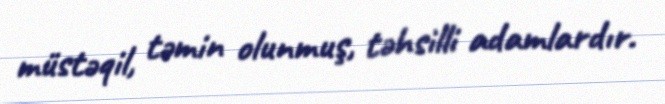
müstəqil, təmin olunmuş, təhsilli adamlardır.